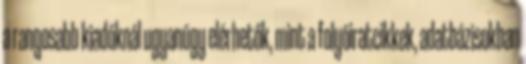
a rangosabb kiadóknál ugyanúgy elérhetők, mint a folyóiratcikkek, adatbázisokban